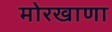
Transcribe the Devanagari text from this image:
मोरखाणा